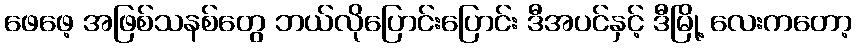
ဖေဖေ့ အဖြစ်သနစ်တွေ ဘယ်လိုပြောင်းပြောင်း ဒီအပင်နှင့် ဒီမြို့ လေးကတော့